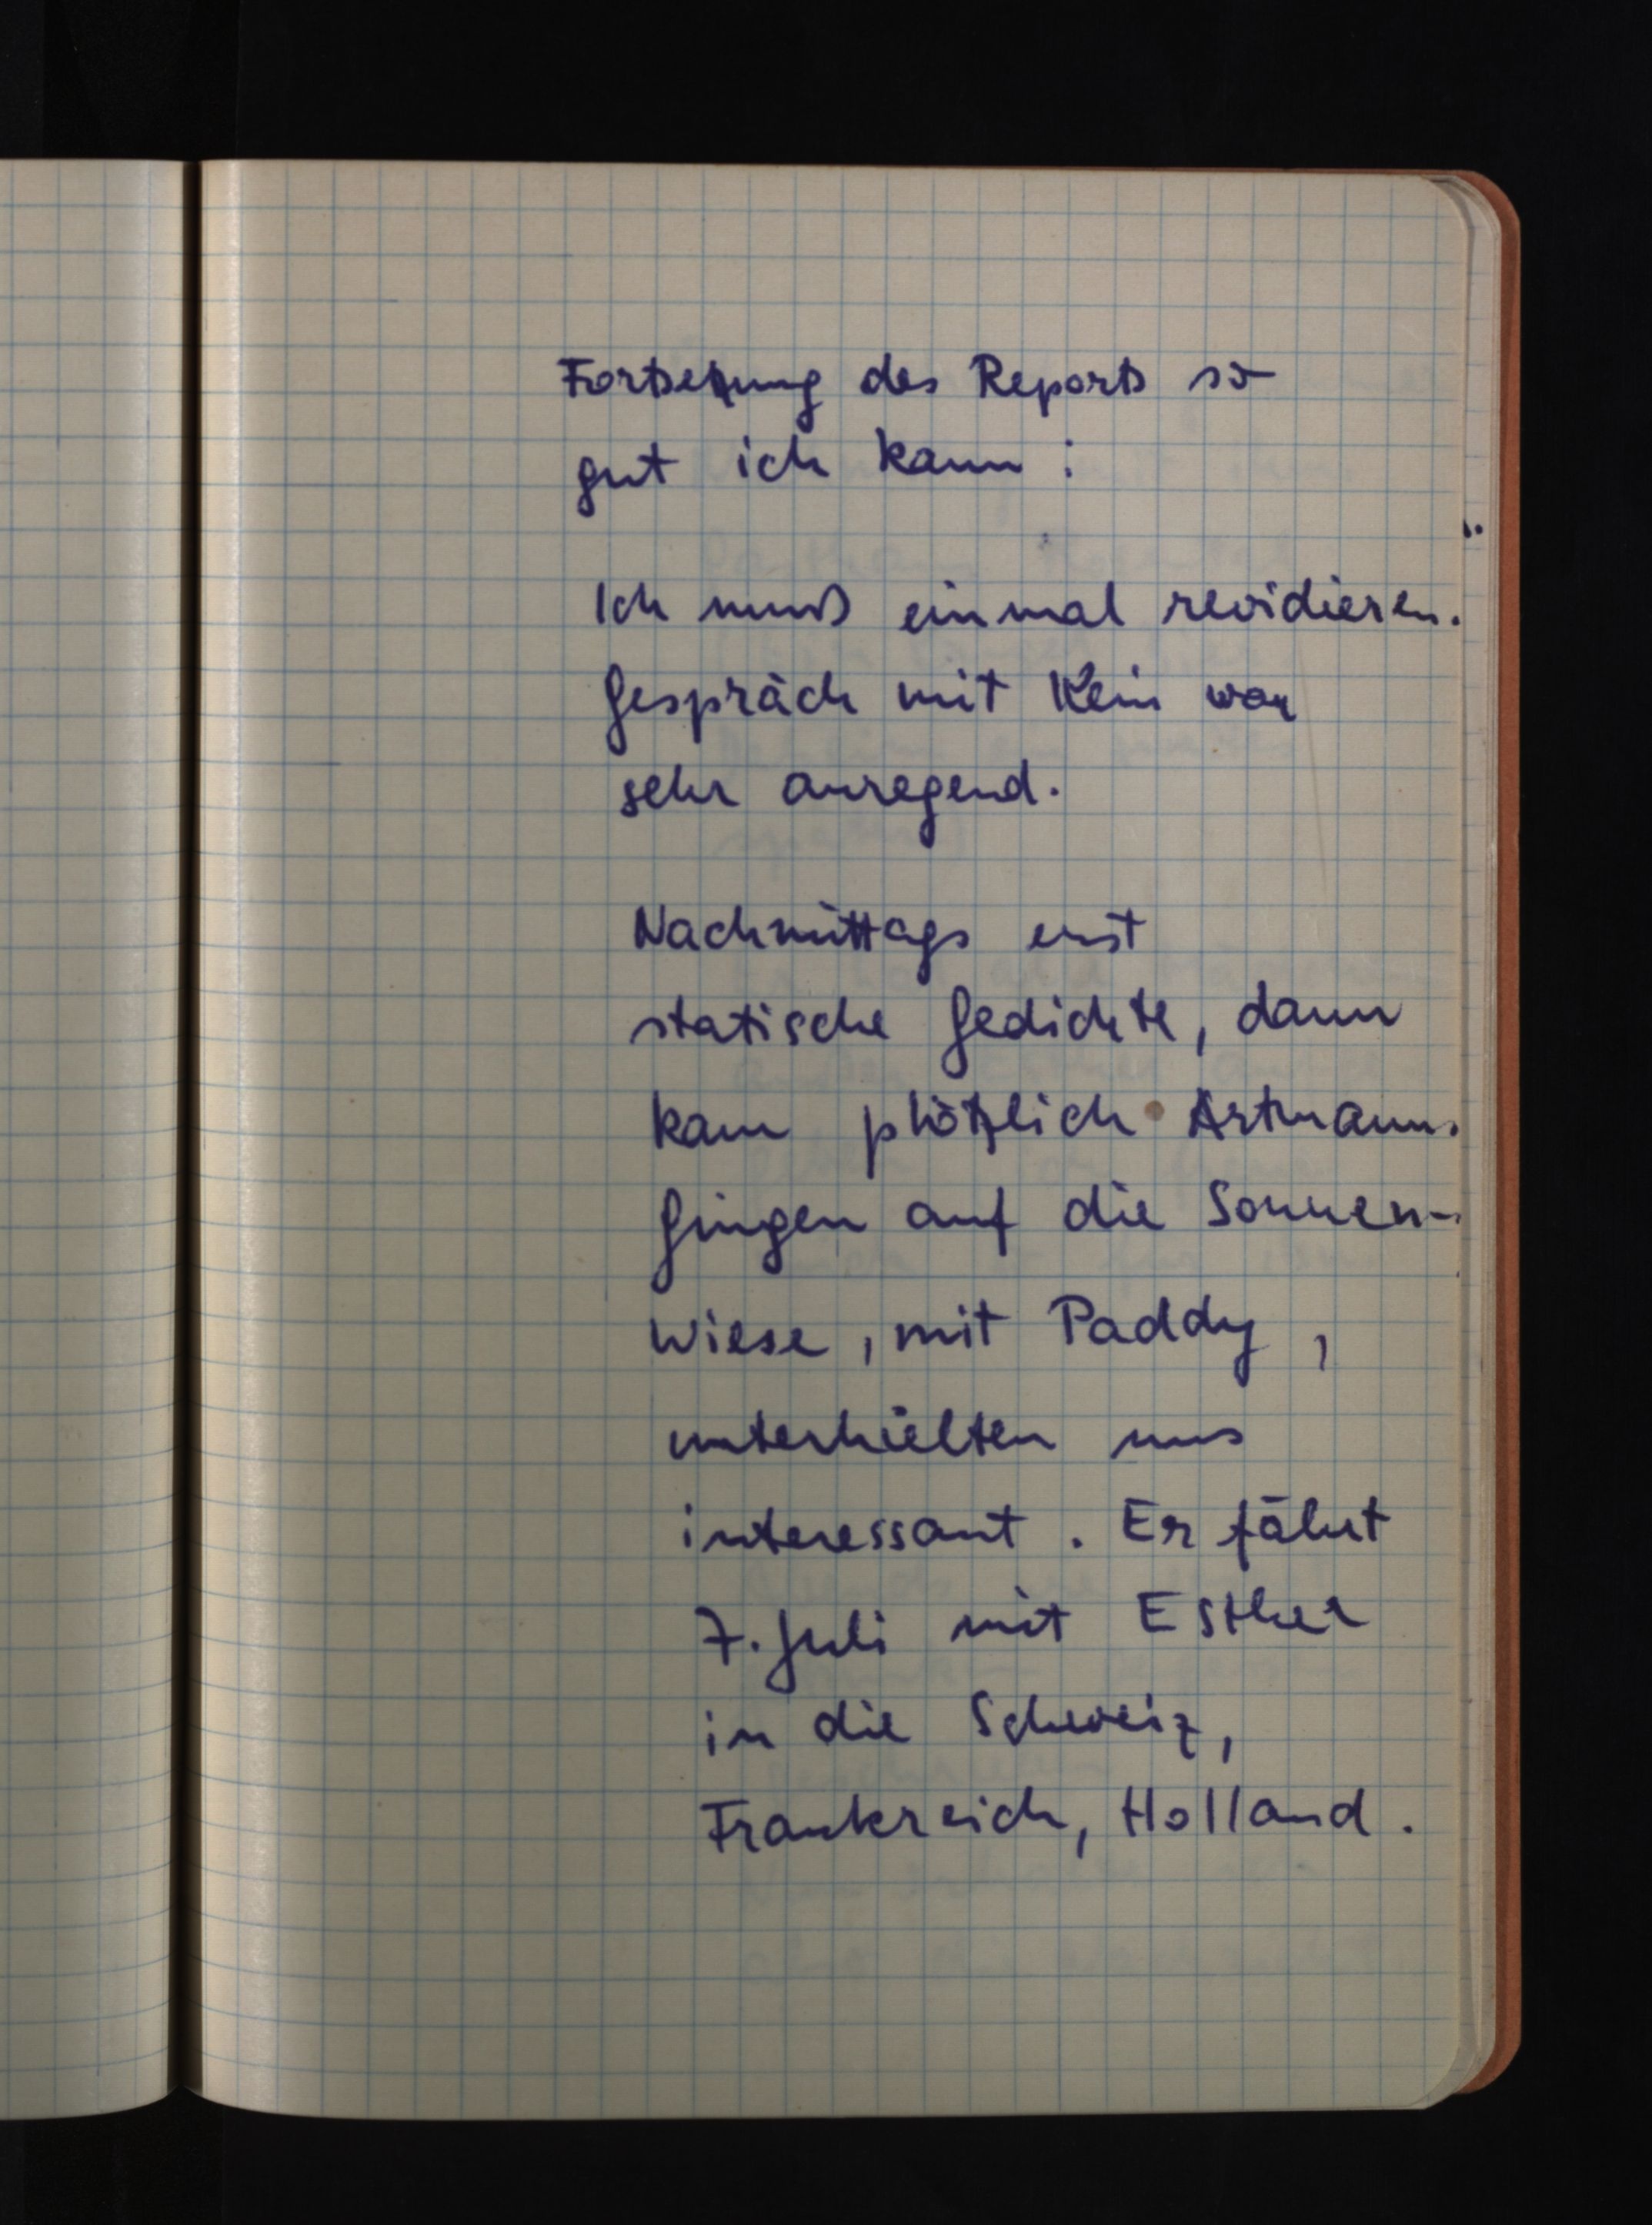
Fortsetzung des Reports so
gut ich kann:
Ich muß einmal revidieren.
Gespräch mit Kein war
sehr anregend.
Nachmittags erst
statische Gedichte, dann
kam plötzlich Artmann.
Gingen auf die Sonnen¬
wiese, mit Paddy,
unterhielten uns
interessant. Er fährt
7. Juli mit Esther
in die Schweiz,
Frankreich, Holland.